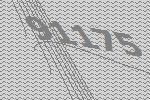
91175